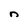
Character: n